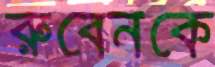
রুবেনকে